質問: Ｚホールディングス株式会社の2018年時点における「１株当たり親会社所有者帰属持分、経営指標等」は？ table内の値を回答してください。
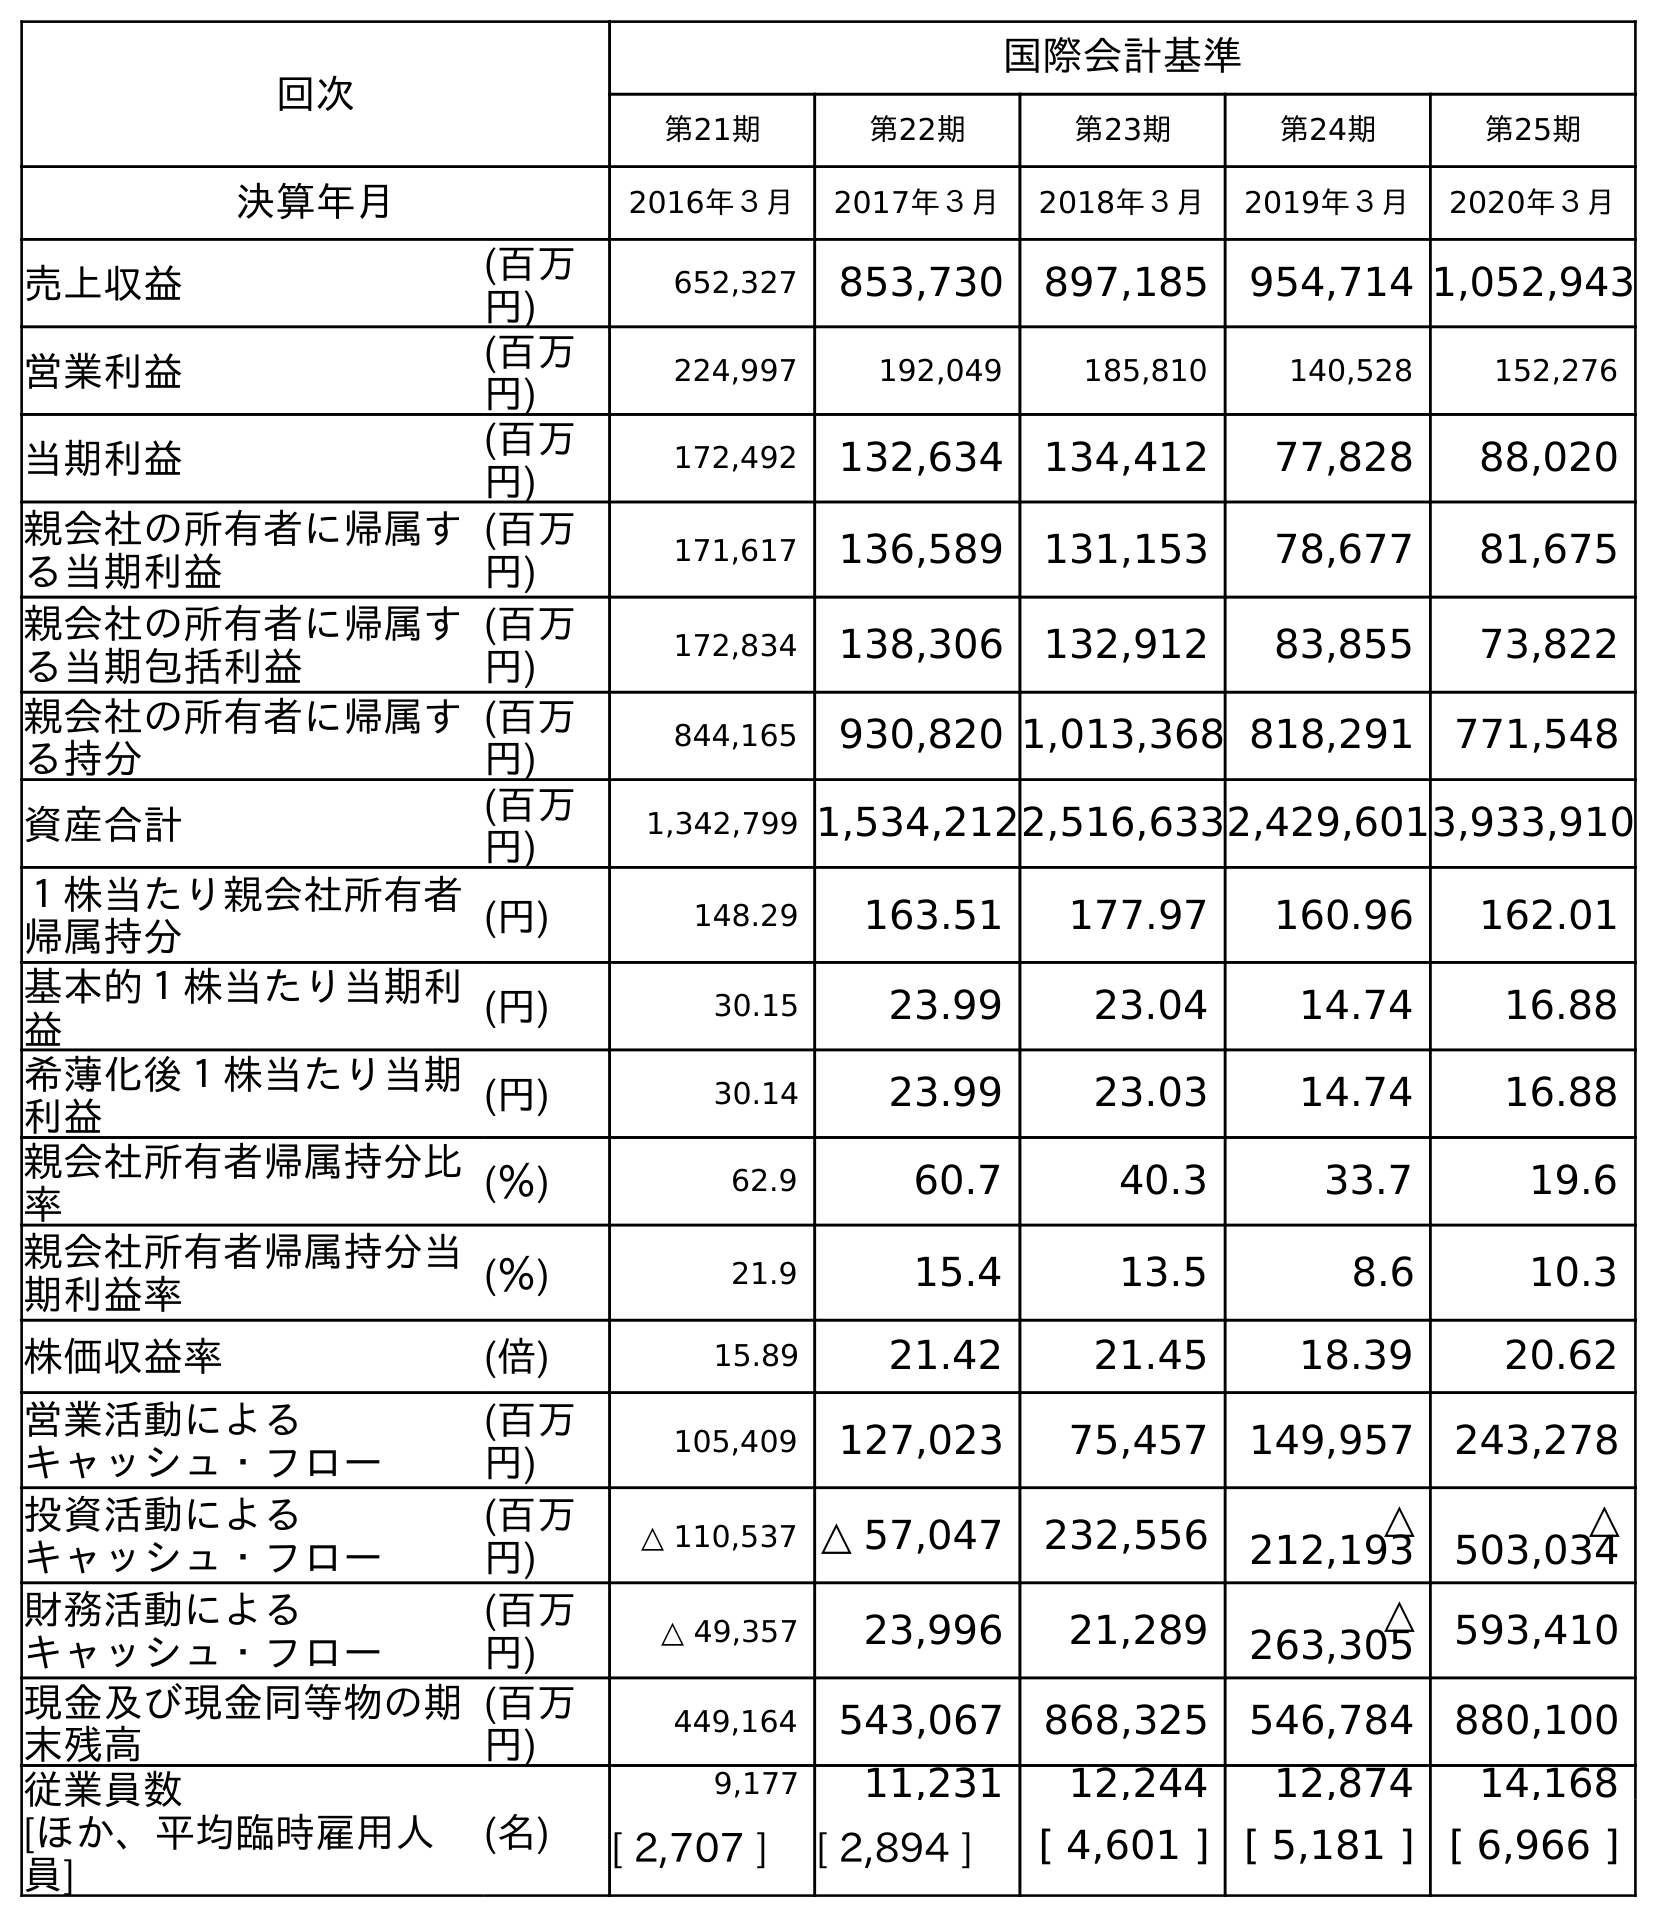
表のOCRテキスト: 回次 国際会計基準 第21期 第22期 第23期 第24期 第25期 決算年月 2016年３月 2017年３月 2018年３月 2019年３月 2020年３月 売上収益 (百万 円) 652,327 853,730 897,185 954,714 1,052,943 営業利益 (百万 円) 224,997 192,049 185,810 140,528 152,276 当期利益 (百万 円) 172,492 132,634 134,412 77,828 88,020 親会社の所有者に帰属す る当期利益 (百万 円) 171,617 136,589 131,153 78,677 81,675 親会社の所有者に帰属す る当期包括利益 (百万 円) 172,834 138,306 132,912 83,855 73,822 親会社の所有者に帰属す る持分 (百万 円) 844,165 930,820 1,013,368 818,291 771,548 資産合計 (百万 円) 1,342,799 1,534,2122,516,6332,429,6013,933,910 １株当たり親会社所有者 帰属持分 (円) 148.29 163.51 177.97 160.96 162.01 基本的１株当たり当期利 益 (円) 30.15 23.99 23.04 14.74 16.88 希薄化後１株当たり当期 利益 (円) 30.14 23.99 23.03 14.74 16.88 親会社所有者帰属持分比 率 (％) 62.9 60.7 40.3 33.7 19.6 親会社所有者帰属持分当 期利益率 (％) 21.9 15.4 13.5 8.6 10.3 株価収益率 (倍) 15.89 21.42 21.45 18.39 20.62 営業活動による キャッシュ・フロー (百万 円) 105,409 127,023 75,457 149,957 243,278 投資活動による キャッシュ・フロー (百万 円) △ 110,537 △ 57,047 232,556 △ 212,193 △ 503,034 財務活動による キャッシュ・フロー (百万 円) △ 49,357 23,996 21,289 △ 263,305 593,410 現金及び現金同等物の期 末残高 (百万 円) 449,164 543,067 868,325 546,784 880,100 従業員数 [ほか、平均臨時雇用人 員] (名) 9,177 11,231 12,244 12,874 14,168 [ 2,707 ] [ 2,894 ] [ 4,601 ] [ 5,181 ] [ 6,966 ]
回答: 177.97